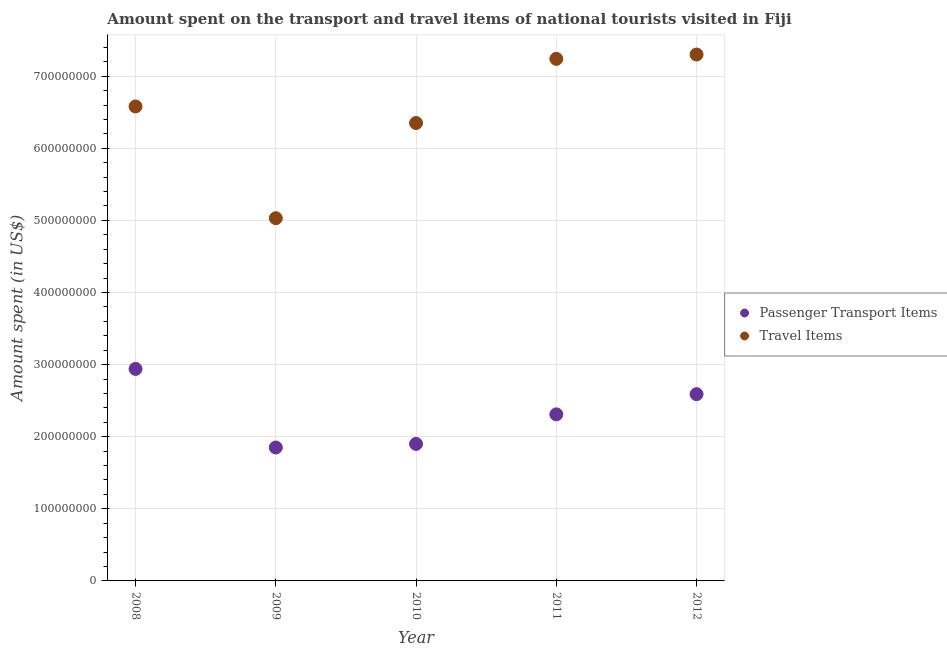
| Year | Passenger Transport Items | Travel Items |
 | --- | --- | --- |
 | 2008 | 2.94e+08 | 6.58e+08 |
 | 2009 | 1.85e+08 | 5.03e+08 |
 | 2010 | 1.9e+08 | 6.35e+08 |
 | 2011 | 2.31e+08 | 7.24e+08 |
 | 2012 | 2.59e+08 | 7.3e+08 |